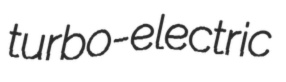
turbo-electric